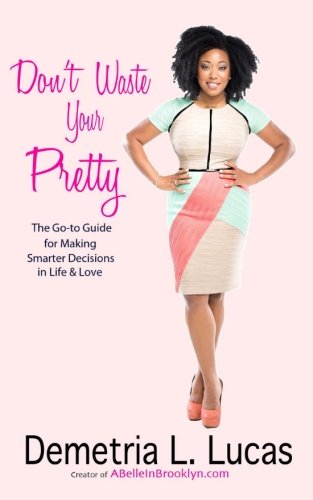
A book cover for Don't Waste Your Pretty: The Go-to Guide for Making Smarter Decisions in Life & Love; Demetria L. Lucas; Self-Help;